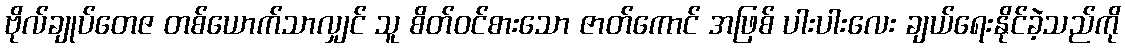
ဗိုလ်ချုပ်တေဇ တစ်ယောက်သာလျှင် သူ စိတ်ဝင်စားသော ဇာတ်ကောင် အဖြစ် ပါးပါးလေး ချယ်ရေးနိုင်ခဲ့သည်ကို